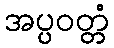
အပ္ပဝတ္တံ